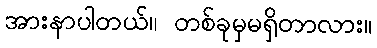
အားနာပါတယ်။ တစ်ခုမှမရှိတာလား။